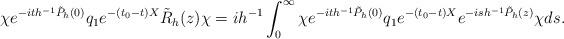
LaTeX: \begin{align*} \chi e^{-ith^{-1}\tilde{P}_h(0)}q_1 e^{-(t_0-t)X}\tilde{R}_h(z)\chi=ih^{-1}\int_0^\infty \chi e^{-ith^{-1}\tilde{P}_h(0)}q_1 e^{-(t_0-t)X}e^{-ish^{-1}\tilde{P}_h(z)}\chi ds.\end{align*}